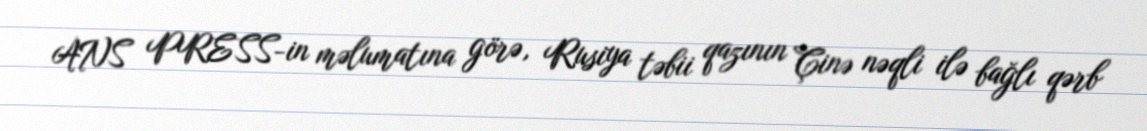
ANS PRESS-in məlumatına görə, Rusiya təbii qazının Çinə nəqli ilə bağlı qərb